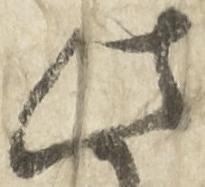
此